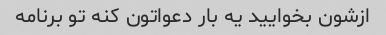
ازشون بخوایید یه بار دعواتون کنه تو برنامه